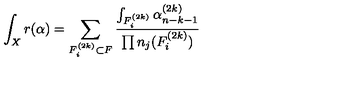
\int _ { X } r ( \alpha ) = \sum _ { F _ { i } ^ { ( 2 k ) } \subset F } \frac { \int _ { F _ { i } ^ { ( 2 k ) } } \alpha _ { n - k - 1 } ^ { ( 2 k ) } } { \prod n _ { j } ( F _ { i } ^ { ( 2 k ) } ) }